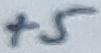
Text: +5